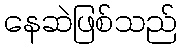
နေဆဲဖြစ်သည်